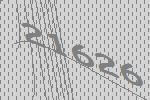
21626